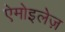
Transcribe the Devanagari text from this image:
ऐमोइलेज़